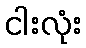
ငါးလုံး